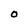
Character: O